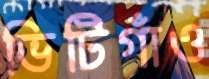
ভিটিগাঁও